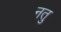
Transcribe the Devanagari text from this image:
नतु